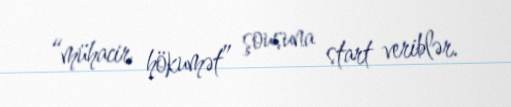
“mühacir hökumət” şousuna start veriblər.